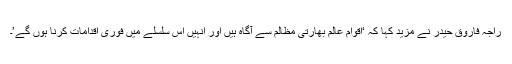
راجہ فاروق حیدر نے مزید کہا کہ ‘اقوام عالم بھارتی مظالم سے آگاہ ہیں اور انہیں اس سلسلے میں فوری اقدامات کرنا ہوں گے’۔